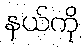
နယ်ကို